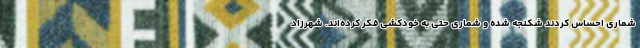
شماری احساس کردند شکنجه شده و شماری حتی به خودکشی فکر کرده‌اند. شهرزاد